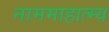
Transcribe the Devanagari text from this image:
नाममाहात्म्य